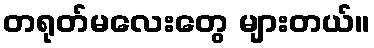
တရုတ်မလေးတွေ များတယ်။